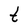
Character: t